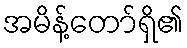
အမိန့်တော်ရှိ၏